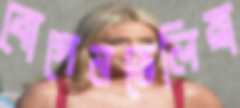
বোগেনভেলিয়া